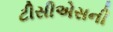
ટીસીએસની